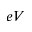
e V